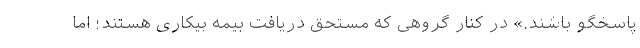
پاسخگو باشند.» در کنار گروهی که مستحق دریافت بیمه بیکاری هستند؛ اما